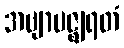
အဗျာပဇ္ဈရတံ